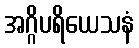
အဂ္ဂိပရိယေသနံ